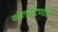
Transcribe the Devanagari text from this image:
कोल्हाटणीचे